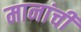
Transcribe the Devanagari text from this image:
मानांची